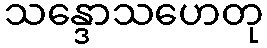
သန္ဒောသဟေတု